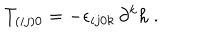
T _ { ( i j ) 0 } = - \epsilon _ { i j 0 k } { } \, \partial ^ { k } h \ .